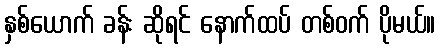
နှစ်ယောက် ခန်း ဆိုရင် နောက်ထပ် တစ်ဝက် ပိုမယ်။